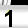
Digit: 1